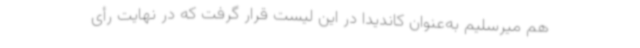
هم میرسلیم به‌عنوان کاندیدا در این لیست قرار گرفت که در نهایت رأی